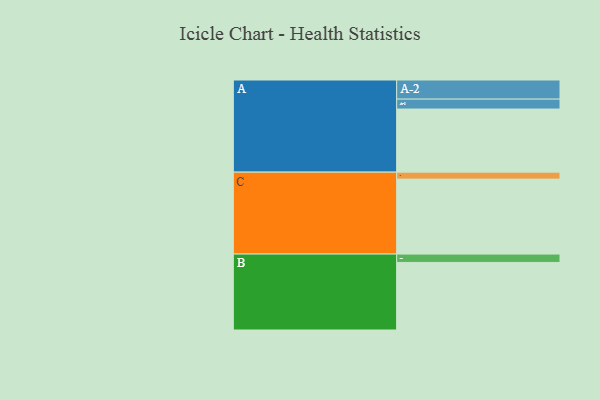
{"axis": {"x": "Segment", "y": "Value"}, "legend": ["", "A", "B", "C"], "data": [{"x": "A", "y": 452, "type": ""}, {"x": "B", "y": 484, "type": ""}, {"x": "C", "y": 537, "type": ""}, {"x": "A-1", "y": 71, "type": "A"}, {"x": "A-2", "y": 137, "type": "A"}, {"x": "B-1", "y": 60, "type": "B"}, {"x": "C-1", "y": 50, "type": "C"}]}